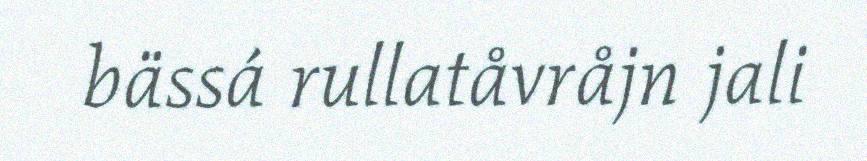
bässá rullatåvråjn jali